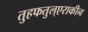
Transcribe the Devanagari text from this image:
तुहफतुल्एराकीन